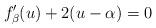
LaTeX: \begin{align*}f_\beta'(u)+2(u-\alpha)=0\end{align*}